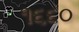
૧૬૬૦